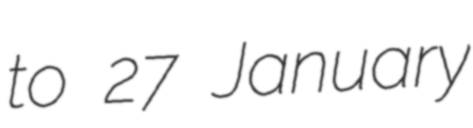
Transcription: to 27 January